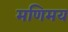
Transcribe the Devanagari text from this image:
मणिमय